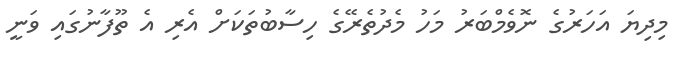
މިދިޔަ އަހަރުގެ ނޮވެމްބަރު މަހު މެދުތެރޭގެ ހިސާބުތަކަށް އެރި އެ ތޫފާނުގައި ވަނީ